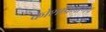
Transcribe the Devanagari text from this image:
कोशाप्रमाणेच